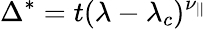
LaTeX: \Delta^{*}=t(\lambda-\lambda_{c})^{\nu_{||}}